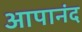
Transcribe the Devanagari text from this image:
आपानंद